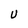
Character: U